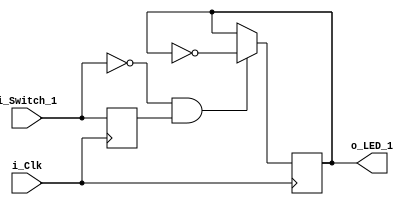
module LED_Toggle_Project (
    input i_Clk,
    input i_Switch_1,
    output o_LED_1
);

reg r_LED_1 = 1'b0;
reg r_Switch_1 = 1'b0;

always @(posedge i_Clk)
begin
    r_Switch_1 <= i_Switch_1;
    if (i_Switch_1 == 1'b0 && r_Switch_1 == 1'b1)
    begin
        r_LED_1 <= ~r_LED_1;
    end
end

assign o_LED_1 = r_LED_1;
    
endmodule